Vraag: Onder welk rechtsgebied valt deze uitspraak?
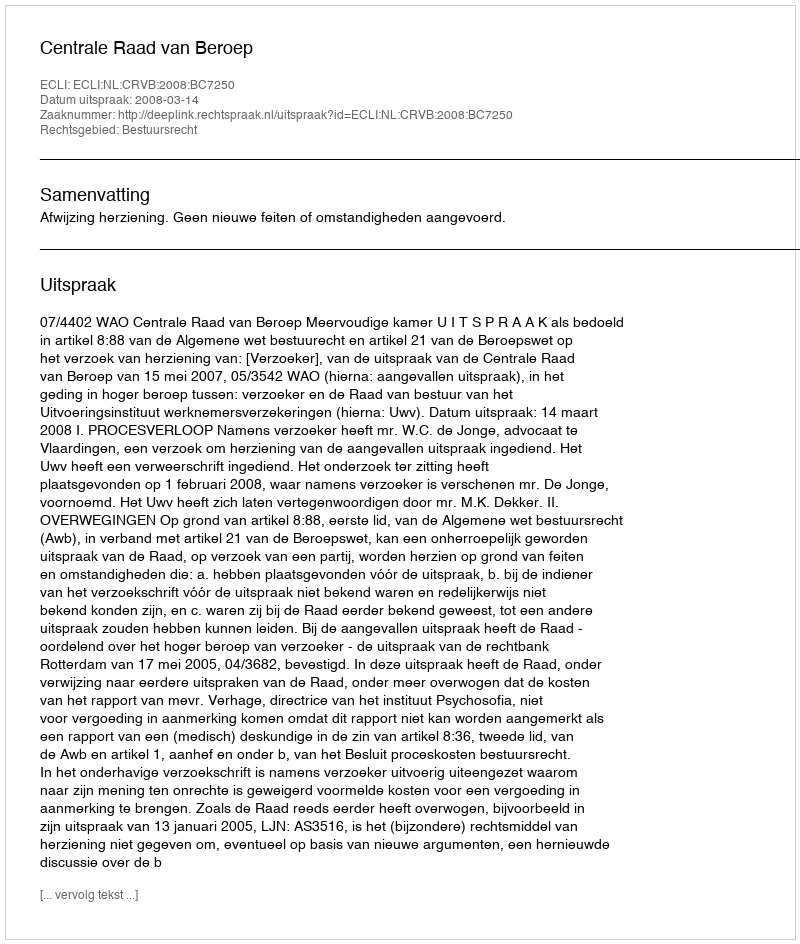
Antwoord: Bestuursrecht